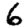
Digit: 6